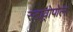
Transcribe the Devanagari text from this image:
स्टाव्रोपोल